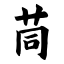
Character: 茼